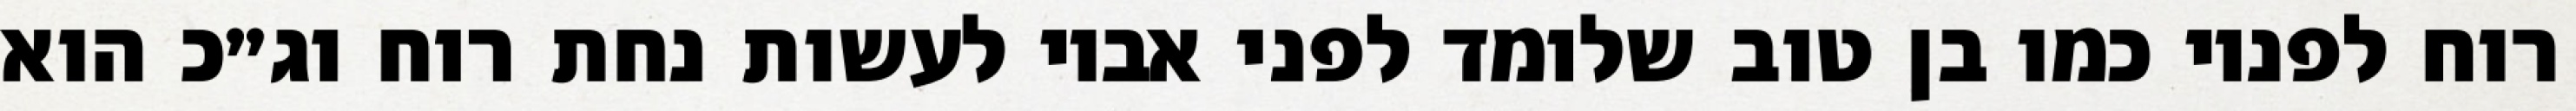
רוח לפניו כמו בן טוב שלומד לפני אביו לעשות נחת רוח וג״כ הוא